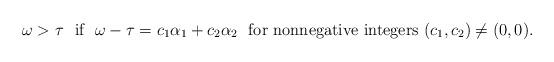
LaTeX: \begin{align*} \omega>\tau \ \ \mbox{if} \ \ \omega-\tau = c_1\alpha_1+c_2\alpha_2 \ \ \mbox{for nonnegative integers} \ (c_1,c_2)\ne (0,0) .\end{align*}